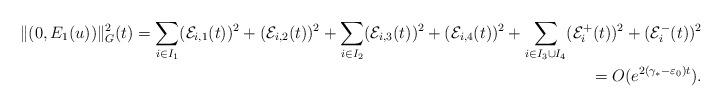
LaTeX: \begin{align*} \Vert(0, E_1(u))\Vert^2_{G}(t) =\sum_{i\in I_1} (\mathcal{E}_{i,1}(t))^2+(\mathcal{E}_{i,2}(t))^2+\sum_{i\in I_2} (\mathcal{E}_{i,3}(t))^2+(\mathcal{E}_{i,4}(t))^2+\sum_{i\in I_3\cup I_4} (\mathcal{E}_{i}^+(t))^2+(\mathcal{E}_{i}^-(t))^2\\=O(e^{2(\gamma_*-\varepsilon_0)t}).\end{align*}